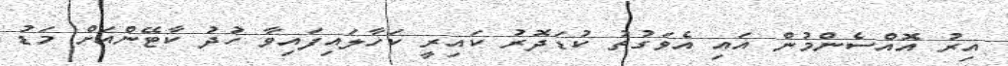
އިރު އޮއްސެންމުން އައި އެވަގުތު ކުޑަދޮރު ކައިރީ ކަހާލައިފައިވާ ހުދު ކާޓޭންއަށް މަޑު